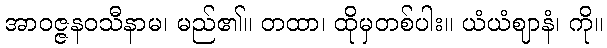
အာဝဇ္ဇနဝသီနာမ၊ မည်၏။ တထာ၊ ထိုမှတစ်ပါး။ ယံယံဈာနံ၊ ကို။